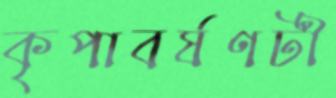
কৃপাবর্ষণটী